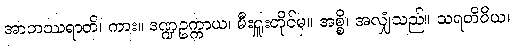
အာဘဿရာတိ၊ ကား။ ဒဏ္ဍဥက္ကာယ၊ မီးရှူးတိုင်မှ။ အစ္စိ၊ အလျှံသည်။ သရတိဝိယ၊